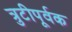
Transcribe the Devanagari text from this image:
त्रुटीपूर्वक